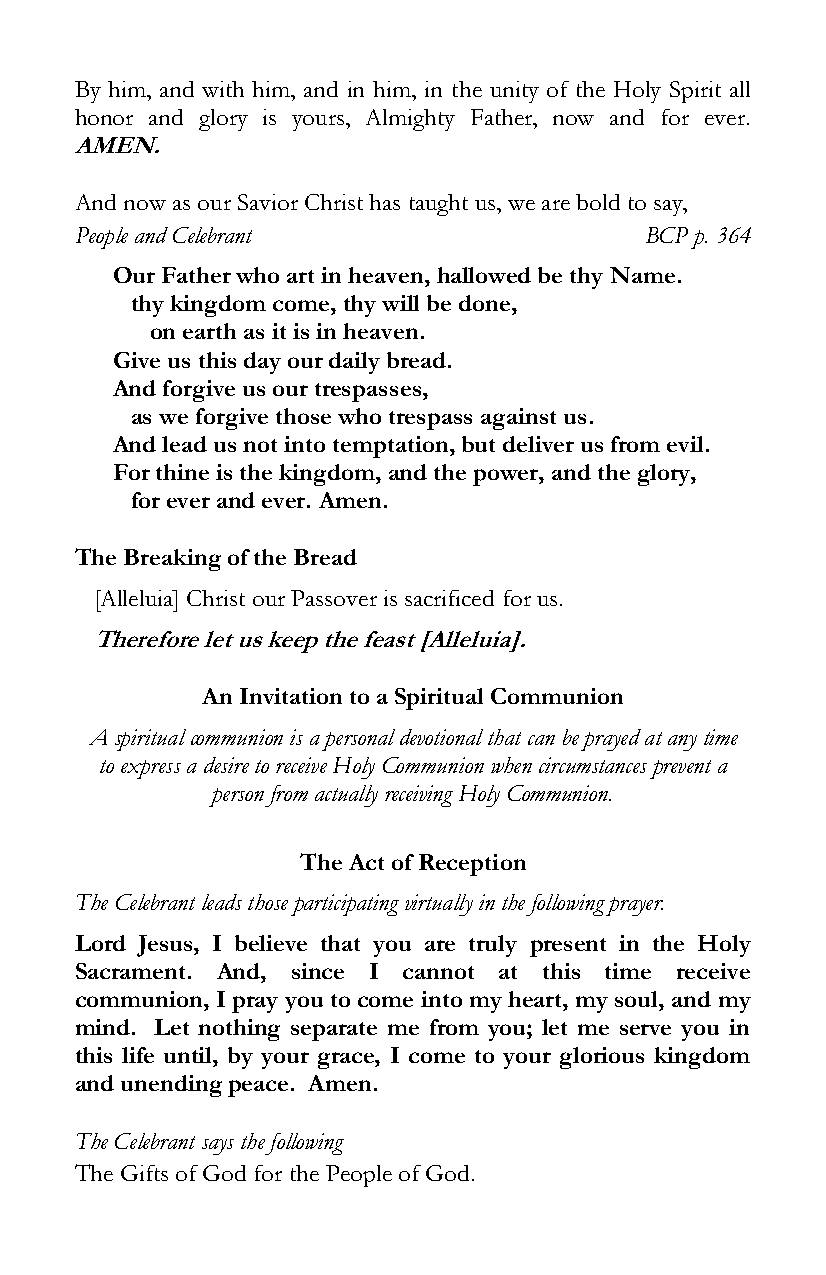
By him, and with him, and in him, in the unity of the Holy Spirit all
 honor and glory is yours, Almighty Father, now and for ever.
 AMEN.
 And now as our Savior Christ has taught us, we are bold to say,
 People and Celebrant                  BCP p. 364
 Our Father who art in heaven, hallowed be thy Name.
 thy kingdom come, thy will be done,
 on earth as it is in heaven.
 Give us this day our daily bread.
 And forgive us our trespasses,
 as we forgive those who trespass against us.
 And lead us not into temptation, but deliver us from evil.
 For thine is the kingdom, and the power, and the glory,
 for ever and ever. Amen.
 The Breaking of the Bread
 [Alleluia] Christ our Passover is sacrificed for us.
 Therefore let us keep the feast [Alleluia].
 An Invitation to a Spiritual Communion
 A spiritual communion is a personal devotional that can be prayed at any time
 to express a desire to receive Holy Communion when circumstances prevent a
 person from actually receiving Holy Communion.
 The Act of Reception
 The Celebrant leads those participating virtually in the following prayer.
 Lord Jesus, I believe that you are truly present in the Holy
 Sacrament. And, since I cannot at this time receive
 communion, I pray you to come into my heart, my soul, and my
 mind. Let nothing separate me from you; let me serve you in
 this life until, by your grace, I come to your glorious kingdom
 and unending peace. Amen.
 The Celebrant says the following
 The Gifts of God for the People of God.